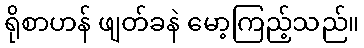
ရိုစာဟန် ဖျတ်ခနဲ မော့ကြည့်သည်။